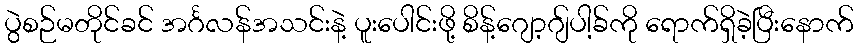
ပွဲစဉ်မတိုင်ခင် အင်္ဂလန်အသင်းနဲ့ ပူးပေါင်းဖို့ စိန့်ဂျော့ဂျ်ပါ့ခ်ကို ရောက်ရှိခဲ့ပြီးနောက်